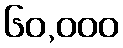
၆၀,၀၀၀